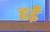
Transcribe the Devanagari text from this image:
हईं